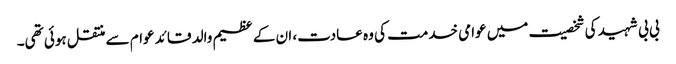
بی بی شہید کی شخصیت میں عوامی خدمت کی وہ عادت، ان کے عظیم والد قائد عوام سے منتقل ہوئی تھی۔